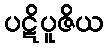
ပဋိပူဇိယ